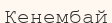
Кенембай